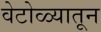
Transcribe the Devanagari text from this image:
वेटोळ्यातून